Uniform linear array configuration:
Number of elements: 32
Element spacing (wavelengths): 0.5
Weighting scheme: cosine
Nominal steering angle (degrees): -30
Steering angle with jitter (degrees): -31.347
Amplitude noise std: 0.05
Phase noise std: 0.05

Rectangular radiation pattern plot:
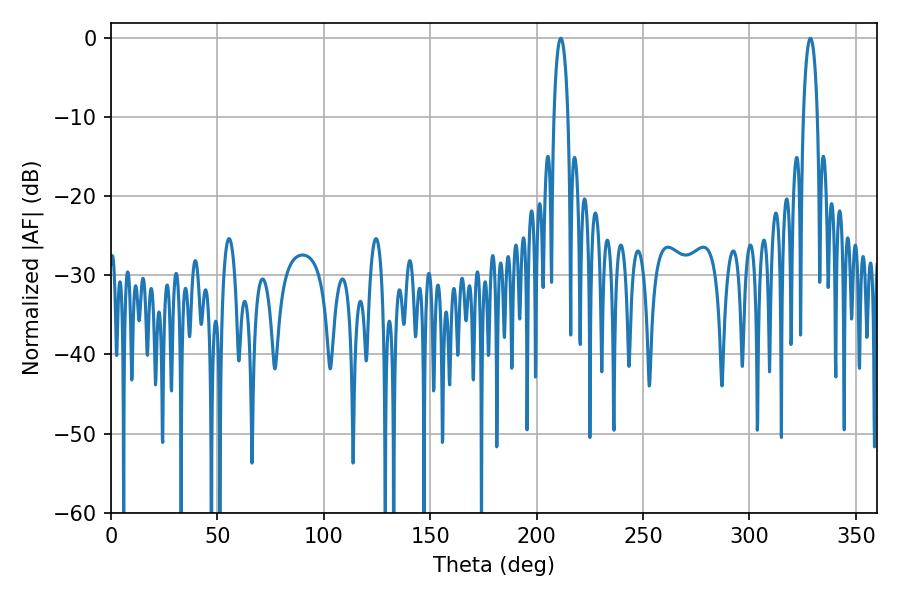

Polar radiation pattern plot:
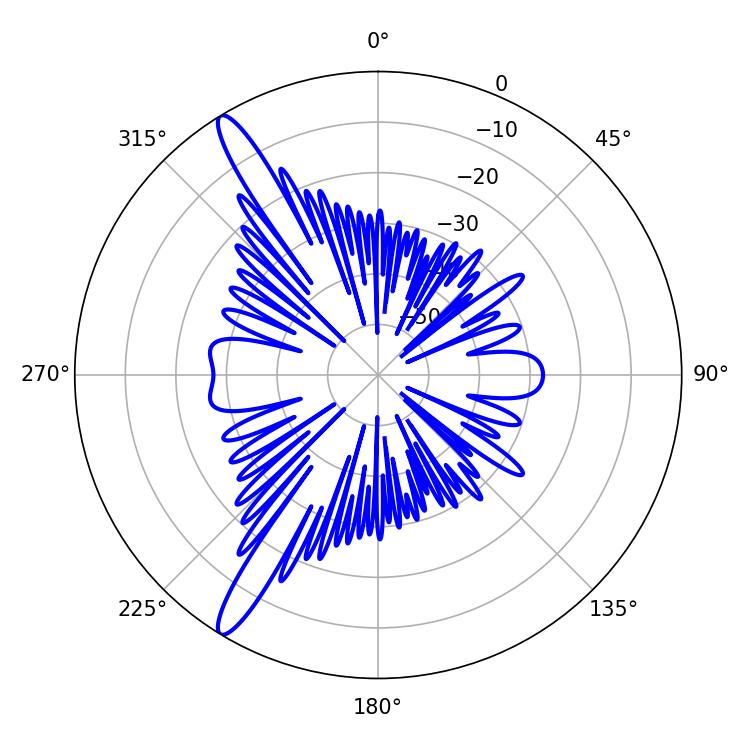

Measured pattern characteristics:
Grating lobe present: FALSE
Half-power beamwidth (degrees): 3.78
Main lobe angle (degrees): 328.68